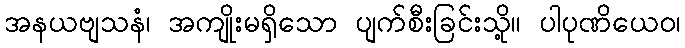
အနယဗျသနံ၊ အကျိုးမရှိသော ပျက်စီးခြင်းသို့။ ပါပုဏိယေဝ၊